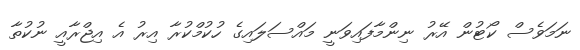
ނަމަވެސް ކޯޓުން އޭރު ނިންމާފައިވަނީ މައްސަލައިގެ ހުކުމްކުރާ އިރު އެ އިޖްރާއީ ނުކުތާ